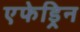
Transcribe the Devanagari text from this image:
एफेड्रिन